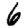
Digit: 6